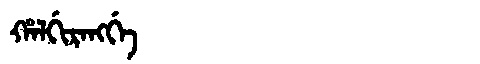
Manchu: ᡥᠠᠯᡤᡳᡵᠠᠩᡤᡝ
Romanization: HALGIRANGGE